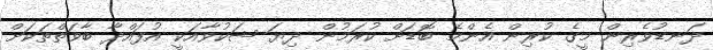
ދަނޑުވެރިން މީގެ ކުރިން އެންމެ ބޮޑަށް ކުރަމުން ދިޔަ ޝަކުވާއަކީ އުފައްދާ ބާވަތްތަކަށް